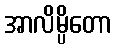
အာလိမ္ပိတော